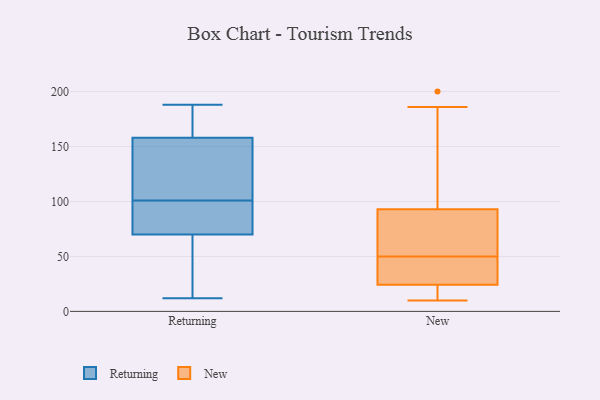
{"axis": {"x": "Production Output", "y": "Value"}, "legend": ["New", "Returning"], "data": [{"x": "", "y": 32, "type": "Returning"}, {"x": "", "y": 89, "type": "Returning"}, {"x": "", "y": 15, "type": "Returning"}, {"x": "", "y": 109, "type": "Returning"}, {"x": "", "y": 187, "type": "Returning"}, {"x": "", "y": 52, "type": "Returning"}, {"x": "", "y": 158, "type": "Returning"}, {"x": "", "y": 125, "type": "Returning"}, {"x": "", "y": 181, "type": "Returning"}, {"x": "", "y": 180, "type": "Returning"}, {"x": "", "y": 12, "type": "Returning"}, {"x": "", "y": 102, "type": "Returning"}, {"x": "", "y": 89, "type": "Returning"}, {"x": "", "y": 118, "type": "Returning"}, {"x": "", "y": 100, "type": "Returning"}, {"x": "", "y": 94, "type": "Returning"}, {"x": "", "y": 70, "type": "Returning"}, {"x": "", "y": 188, "type": "Returning"}, {"x": "", "y": 28, "type": "New"}, {"x": "", "y": 200, "type": "New"}, {"x": "", "y": 17, "type": "New"}, {"x": "", "y": 72, "type": "New"}, {"x": "", "y": 50, "type": "New"}, {"x": "", "y": 10, "type": "New"}, {"x": "", "y": 186, "type": "New"}, {"x": "", "y": 81, "type": "New"}, {"x": "", "y": 47, "type": "New"}, {"x": "", "y": 23, "type": "New"}, {"x": "", "y": 97, "type": "New"}]}